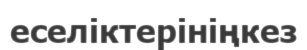
еселіктерініңкез